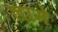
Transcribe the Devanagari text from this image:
लामे